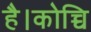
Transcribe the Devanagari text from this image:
है।कोच्चि